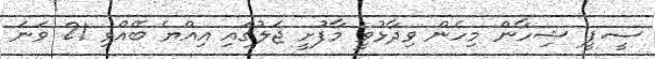
ސީ.ޕީ ޝިހާން މިހެން ވިދާޅުވީ މާފުށީ ޖަލުގައި އިއްޔެ ބޭއްވި 21 ވަނަ